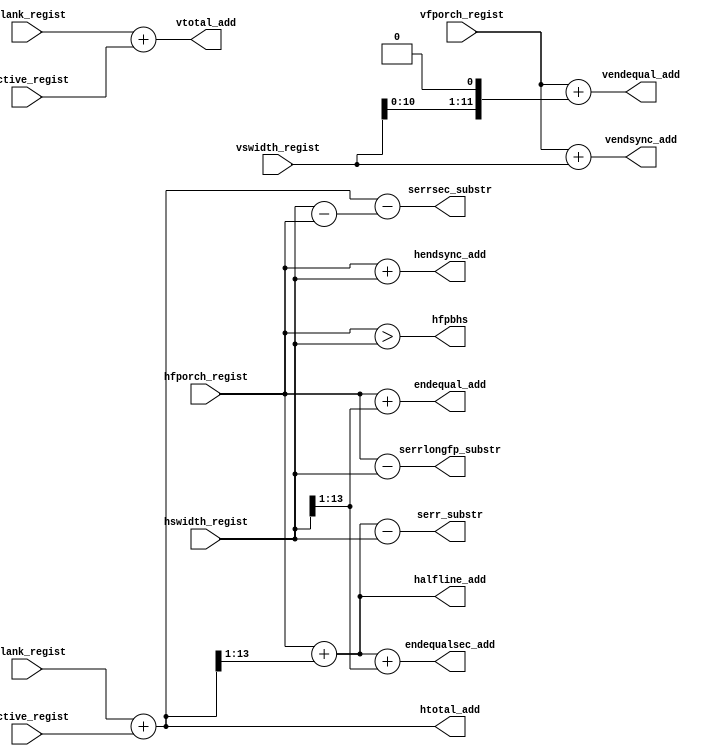
module crtaddsl 
  (
   hactive_regist, 
   hblank_regist, 
   hfporch_regist, 
   hswidth_regist,
   vactive_regist, 
   vblank_regist, 
   vfporch_regist, 
   vswidth_regist,
   htotal_add, 
   hendsync_add, 
   endequal_add, 
   halfline_add,
   endequalsec_add,
   serrlongfp_substr, 
   serr_substr, 
   serrsec_substr,
   vendsync_add,
   vendequal_add,
   vtotal_add,
   hfpbhs 
   );  
  input [13:0]  hactive_regist, 
		hblank_regist,
		hfporch_regist,
		hswidth_regist;
  input [11:0] 	vactive_regist,
		vblank_regist,
		vfporch_regist,
		vswidth_regist;
  output [13:0] htotal_add,
		hendsync_add,
		endequal_add,
		halfline_add,
		endequalsec_add,
		serrlongfp_substr, 
		serr_substr,
		serrsec_substr;
  output [11:0] vendsync_add,
		vendequal_add,
		vtotal_add;
  output        hfpbhs;
  wire [13:0] 	serrshortfp_substr;
  assign 	htotal_add[13:0] = hblank_regist[13:0] + hactive_regist[13:0];
  assign 	hendsync_add[13:0] = hfporch_regist[13:0] + 
		hswidth_regist[13:0];
  assign 	endequal_add[13:0] = hfporch_regist[13:0] + 
		hswidth_regist[13:1];
  assign 	halfline_add[13:0] = hfporch_regist[13:0] + htotal_add[13:1];
  assign 	endequalsec_add[13:0] = halfline_add[13:0] + 
		hswidth_regist[13:1];
  assign 	serrlongfp_substr[13:0] = hfporch_regist[13:0] - 
		hswidth_regist[13:0]; 
  assign 	serrshortfp_substr[13:0] = hswidth_regist[13:0] - 
		hfporch_regist[13:0];
  assign 	serr_substr[13:0] = halfline_add[13:0] - hswidth_regist[13:0];
  assign 	serrsec_substr[13:0] = htotal_add[13:0] - 
		serrshortfp_substr[13:0];
  assign 	vtotal_add[11:0] = vblank_regist[11:0] + vactive_regist[11:0];
  assign 	vendsync_add[11:0] = vfporch_regist[11:0] + 
		vswidth_regist[11:0];
  assign 	vendequal_add[11:0] = vfporch_regist[11:0] + 
		{vswidth_regist[10:0],1'b0};
  assign 	hfpbhs = (hfporch_regist[13:0] > hswidth_regist[13:0]);
endmodule